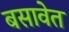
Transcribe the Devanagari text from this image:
बसावेत